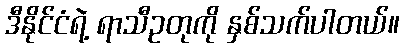
ဒီနိုင်ငံရဲ့ ရာသီဥတုကို နှစ်သက်ပါတယ်။